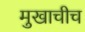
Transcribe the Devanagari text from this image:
मुखाचीच